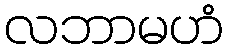
လဘာမဟံ